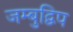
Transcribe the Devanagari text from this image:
जम्बुद्विप